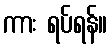
ကား ရပ်ရန်။